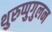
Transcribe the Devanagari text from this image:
थुरुप्पुगुलन